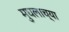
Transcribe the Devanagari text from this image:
मुघलाच्या